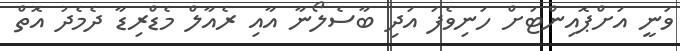
ވަނީ އަށްޕޮއިންޓަށް ހަނިވެފަ އަދި ބާސެލޯނާ އާއި ރެއާލް މެޑްރިޑާ ދެމެދު އޮތް